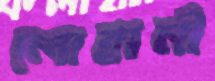
লোহানী